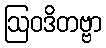
ဩဝဒိတဗ္ဗာ